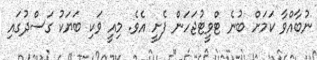
ނުބާއްވާ ކަމަށް ބުނެ ޓްވީޓުޖަހަން ފެށީ އެވެ. މިއީ ވަކި ބަޔަކު ގަސްދުގައި